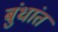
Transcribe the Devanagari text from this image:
बुंधांत